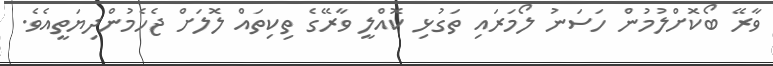
ވާރޭ ބޯކޮށްލުމުން ހަސަނު ލޯމަރައި ތަގުޅި ކޮއްލީ ވާރޭގެ ތިކިތައް ލޮލަށް ޖެހެމުންދިޔަތީއެވެ.